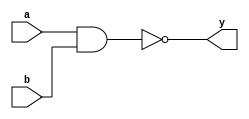
module nand_gate_primitive (
       input a,
       input b,
       output y
   );
       nand (y, a, b);
endmodule